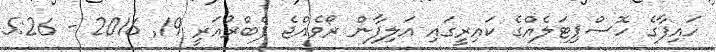
ހައިފާގެ ހޮސްޕިޓަލެއްގެ ކައިރީގައި އަލިފާން ރޯވެއްޖެ ފެބްރުއަރީ 19